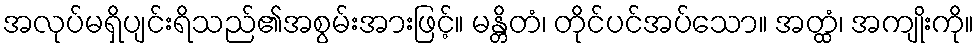
အလုပ်မရှိပျင်းရိသည်၏အစွမ်းအားဖြင့်။ မန္တိတံ၊ တိုင်ပင်အပ်သော။ အတ္ထံ၊ အကျိုးကို။